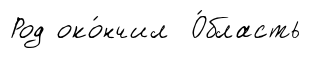
Род око́нчил О́бласть